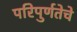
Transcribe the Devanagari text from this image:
परिपुर्णतेचे